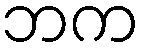
ဘက